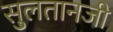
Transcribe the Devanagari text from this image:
सु्लतानजी